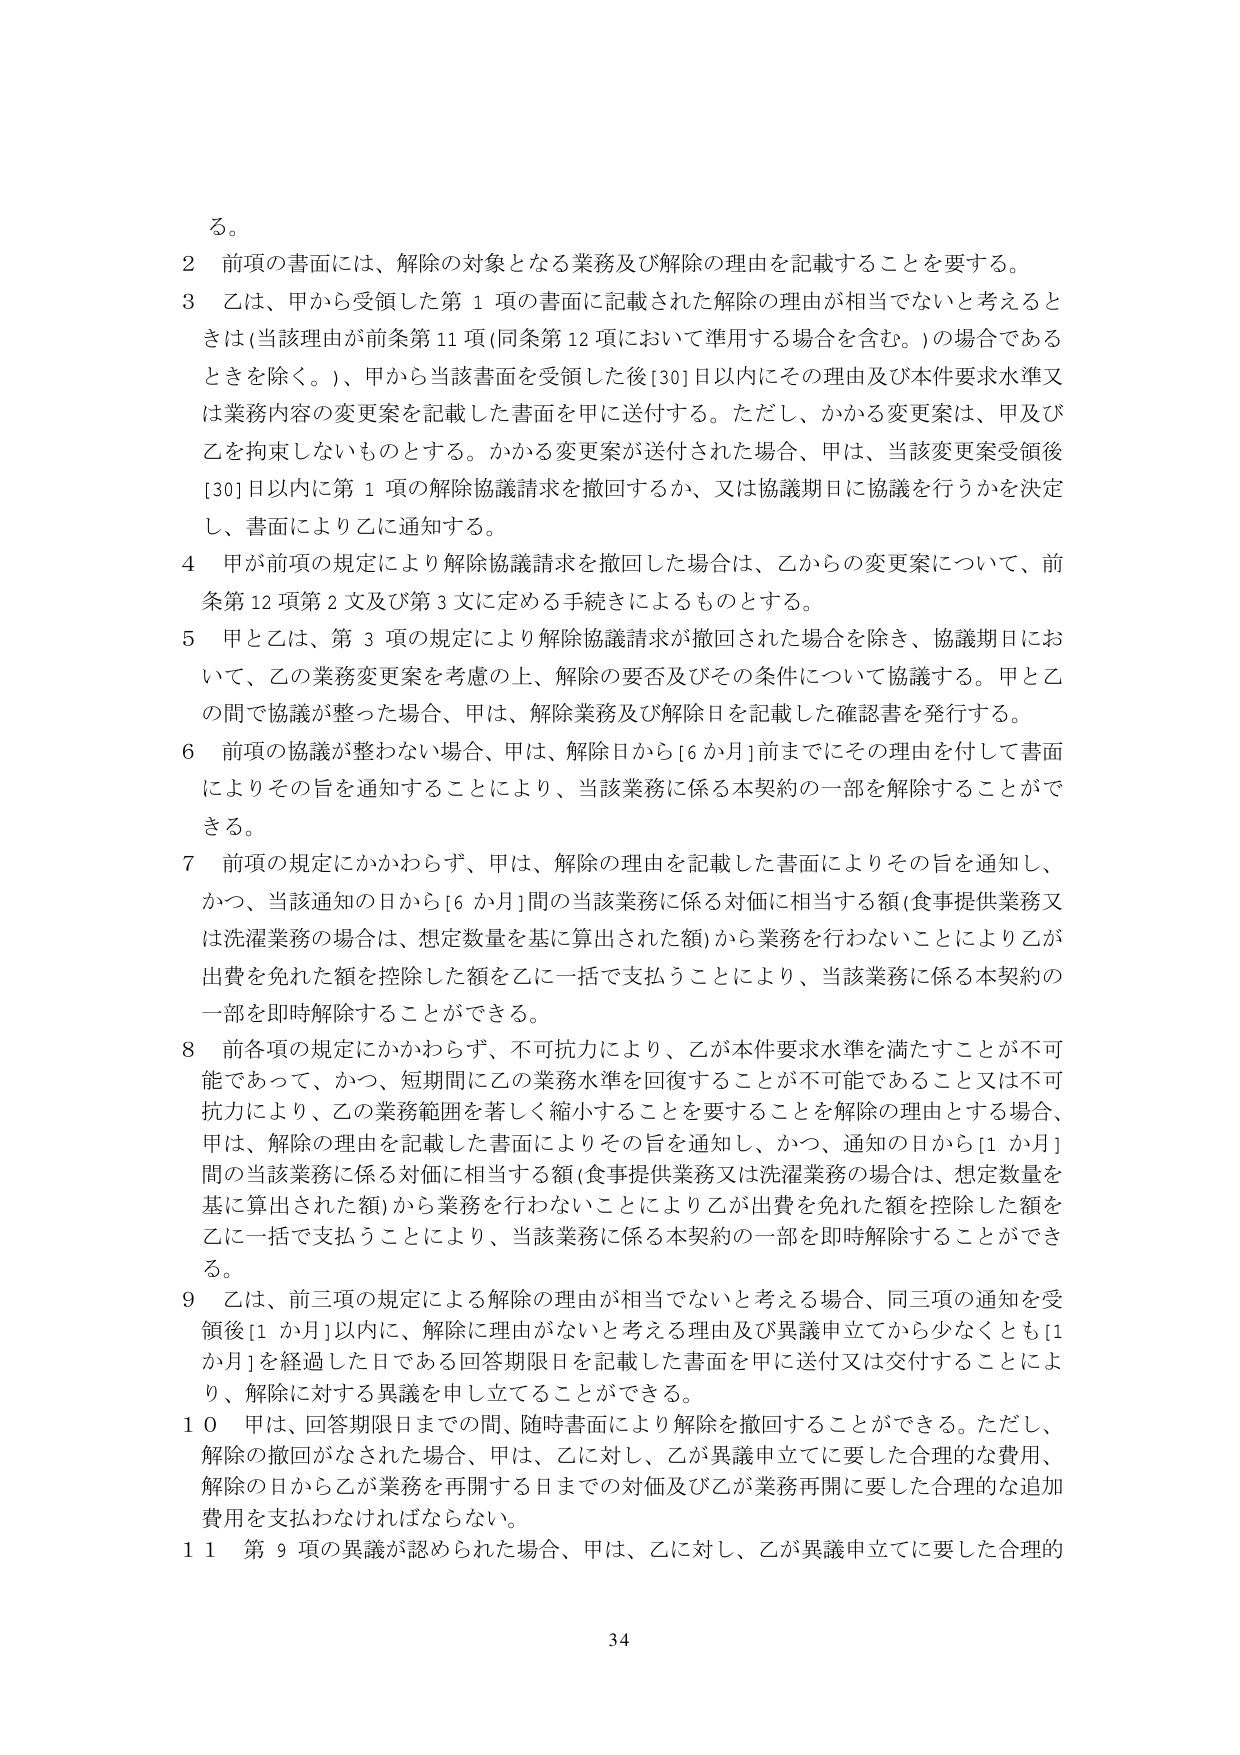
る。

2 前項の書面には、解除の対象となる業務及び解除の理由を記載することを要する。

3 乙は、甲から受領した第1項の書面に記載された解除の理由が相当でないと考えるときは（当該理由が前条第11項（同条第12項において準用する場合を含む。）の場合であるときを除く。）、甲から当該書面を受領した後[30]日以内にその理由及び本件要求水準又は業務内容の変更案を記載した書面を甲に送付する。ただし、かかる変更案は、甲及び乙を拘束しないものとする。かかる変更案が送付された場合、甲は、当該変更案受領後[30]日以内に第1項の解除協議請求を撤回するか、又は協議期日に協議を行うかを決定し、書面により乙に通知する。

4 甲が前項の規定により解除協議請求を撤回した場合は、乙からの変更案について、前条第12項第2文及び第3文に定める手続きによるものとする。

5 甲と乙は、第3項の規定により解除協議請求が撤回された場合を除き、協議期日において、乙の業務変更案を考慮の上、解除の要否及びその条件について協議する。甲と乙の間で協議が整った場合、甲は、解除業務及び解除日を記載した確認書を発行する。

6 前項の協議が整わない場合、甲は、解除日から[6か月]前までにその理由を付して書面によりその旨を通知することにより、当該業務に係る本契約の一部を解除することができる。

7 前項の規定にかかわらず、甲は、解除の理由を記載した書面によりその旨を通知し、かつ、当該通知の日から[6か月]間の当該業務に係る対価に相当する額（食事提供業務又は洗濯業務の場合は、想定数量を基に算出された額）から業務を行わないことにより乙が出費を免れた額を控除した額を乙に一括で支払うことにより、当該業務に係る本契約の一部を即時解除することができる。

8 前各項の規定にかかわらず、不可抗力により、乙が本件要求水準を満たすことが不可能であって、かつ、短期間に乙の業務水準を回復することが不可能であること又は不可抗力により、乙の業務範囲を著しく縮小することを要することを解除の理由とする場合、甲は、解除の理由を記載した書面によりその旨を通知し、かつ、通知の日から[1か月]間の当該業務に係る対価に相当する額（食事提供業務又は洗濯業務の場合は、想定数量を基に算出された額）から業務を行わないことにより乙が出費を免れた額を控除した額を乙に一括で支払うことにより、当該業務に係る本契約の一部を即時解除することができる。

9 乙は、前三項の規定による解除の理由が相当でないと考える場合、同三項の通知を受領後[1か月]以内に、解除に理由がないと考える理由及び異議申立てから少なくとも[1か月]を経過した日である回答期限日を記載した書面を甲に送付又は交付することにより、解除に対する異議を申し立てることができる。

10 甲は、回答期限日までの間、随時書面により解除を撤回することができる。ただし、解除の撤回がなされた場合、甲は、乙に対し、乙が異議申立てに要した合理的な費用、解除の日から乙が業務を再開する日までの対価及び乙が業務再開に要した合理的な追加費用を支払わなければならない。

11 第9項の異議が認められた場合、甲は、乙に対し、乙が異議申立てに要した合理的

34